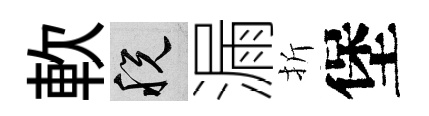
軟税漏折堡